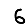
Digit: 6